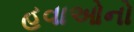
હવાઓનો